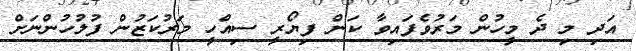
އަދި މި ދެ މީހުން މަރުވެފައިވާ ކަން ފިޔޯރީ ސިއްހީ މަރުކަޒުން ފުލުހުންނަށް